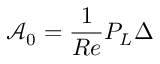
\mathcal { A } _ { 0 } = \frac { 1 } { R e } P _ { L } \Delta